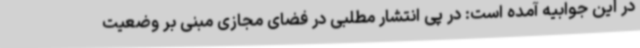
در این جوابیه آمده است: در پی انتشار مطلبی در فضای مجازی مبنی بر وضعیت